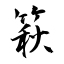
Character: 篍